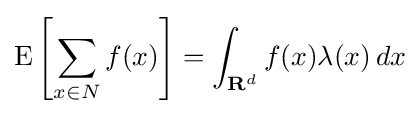
\operatorname {E} \left[\sum _{x\in N}f(x)\right]=\int _{{\textbf {R}}^{d}}f(x)\lambda (x)\,dx